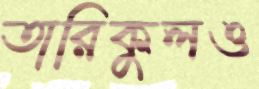
তারিকুলও